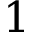
1